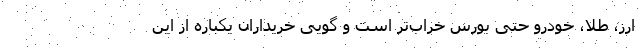
ارز، طلا، خودرو حتی بورس خراب‌تر است و گویی خریداران یکباره از این